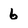
Character: 6